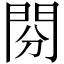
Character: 𨳚